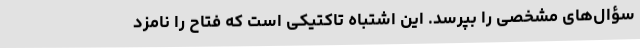
سؤال‌های مشخصی را بپرسد. این اشتباه تاکتیکی است که فتاح را نامزد